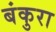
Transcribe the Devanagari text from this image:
बंकुरा